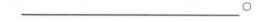
______。